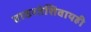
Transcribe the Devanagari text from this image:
ताठरतेशिवायही